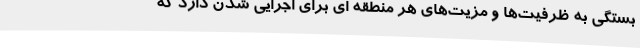
بستگی به ظرفیت‌ها و مزیت‌های هر منطقه ای برای اجرایی شدن دارد که